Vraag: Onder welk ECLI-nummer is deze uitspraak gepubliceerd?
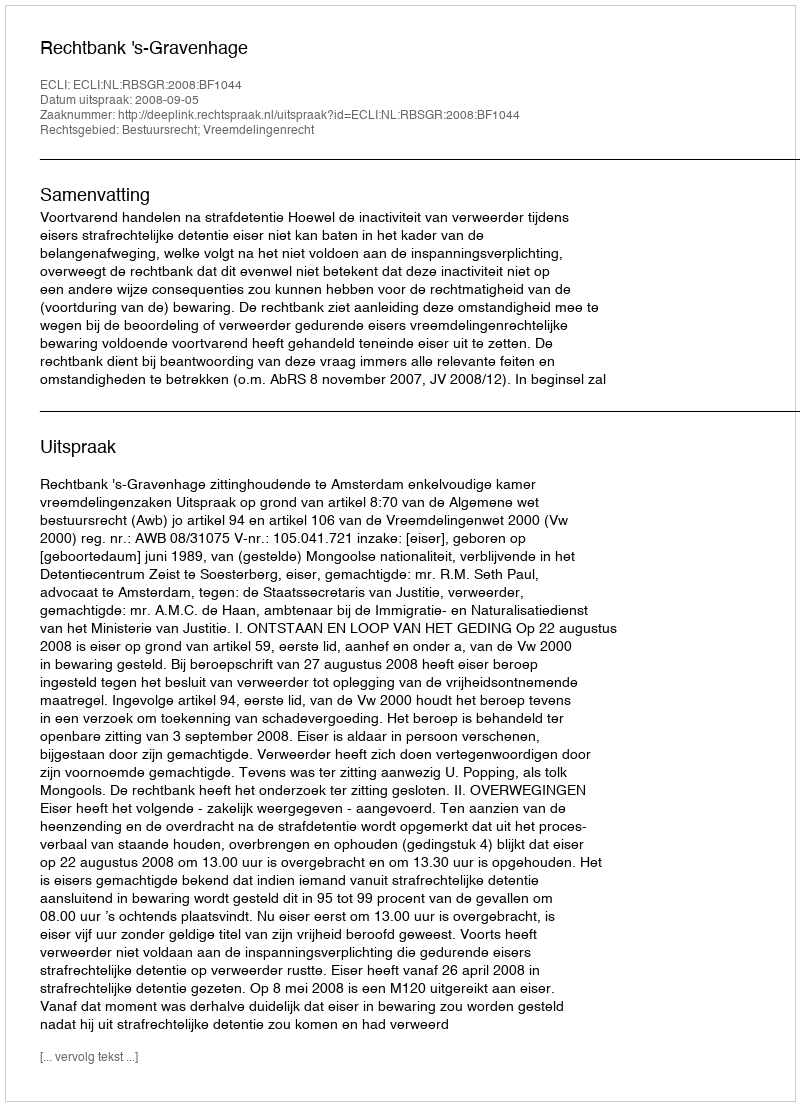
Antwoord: ECLI:NL:RBSGR:2008:BF1044